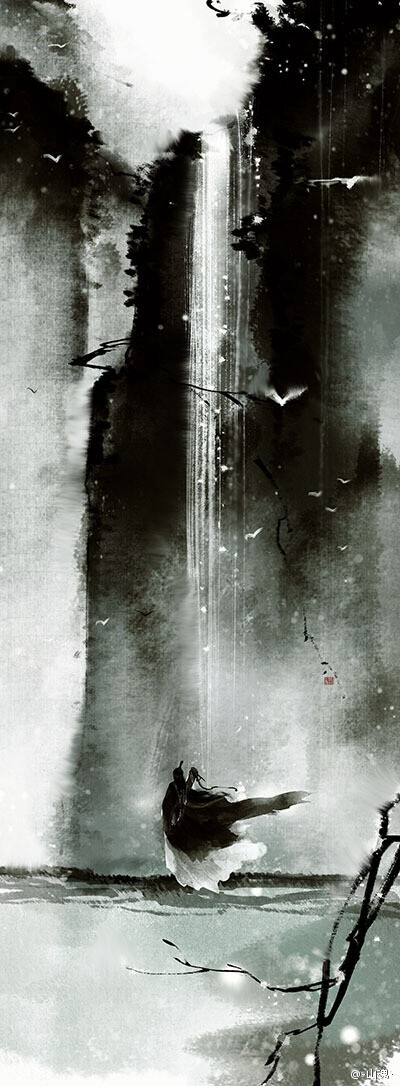
山雪河冰野萧瑟，青是烽烟白人骨。